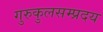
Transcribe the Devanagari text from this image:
गुरुकुलसम्प्रदय